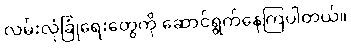
လမ်းလုံခြုံရေးတွေကို ဆောင်ရွက်နေကြပါတယ်။